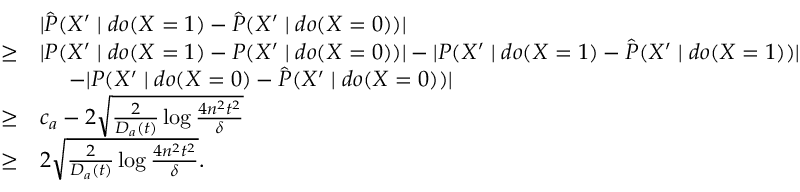
\begin{array} { r l } & { | \hat { P } ( X ^ { \prime } \mid d o ( X = 1 ) - \hat { P } ( X ^ { \prime } \mid d o ( X = 0 ) ) | } \\ { \ge } & { | P ( X ^ { \prime } \mid d o ( X = 1 ) - P ( X ^ { \prime } \mid d o ( X = 0 ) ) | - | P ( X ^ { \prime } \mid d o ( X = 1 ) - \hat { P } ( X ^ { \prime } \mid d o ( X = 1 ) ) | } \\ & { \ \ \ \ - | P ( X ^ { \prime } \mid d o ( X = 0 ) - \hat { P } ( X ^ { \prime } \mid d o ( X = 0 ) ) | } \\ { \ge } & { c _ { a } - 2 \sqrt { \frac { 2 } { D _ { a } ( t ) } \log \frac { 4 n ^ { 2 } t ^ { 2 } } { \delta } } } \\ { \ge } & { 2 \sqrt { \frac { 2 } { D _ { a } ( t ) } \log \frac { 4 n ^ { 2 } t ^ { 2 } } { \delta } } . } \end{array}